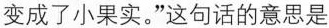
变成了小果实。”这句话的意思是